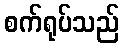
စက်ရုပ်သည်